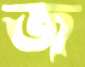
জ